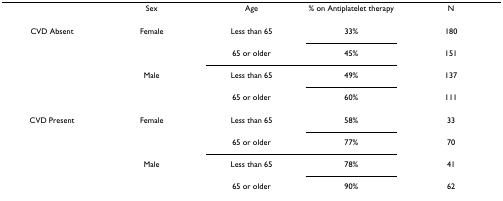
<table><thead><tr><td></td><td><b>Sex</b></td><td><b>Age</b></td><td><b>% on Antiplatelet therapy</b></td><td><b>N</b></td></tr></thead><tbody><tr><td>CVD Absent</td><td>Female</td><td>Less than 65</td><td>33%</td><td>180</td></tr><tr><td></td><td></td><td>65 or older</td><td>45%</td><td>151</td></tr><tr><td></td><td>Male</td><td>Less than 65</td><td>49%</td><td>137</td></tr><tr><td></td><td></td><td>65 or older</td><td>60%</td><td>111</td></tr><tr><td>CVD Present</td><td>Female</td><td>Less than 65</td><td>58%</td><td>33</td></tr><tr><td></td><td></td><td>65 or older</td><td>77%</td><td>70</td></tr><tr><td></td><td>Male</td><td>Less than 65</td><td>78%</td><td>41</td></tr><tr><td></td><td></td><td>65 or older</td><td>90%</td><td>62</td></tr></tbody></table>